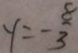
y = - \frac { 8 } { 3 }